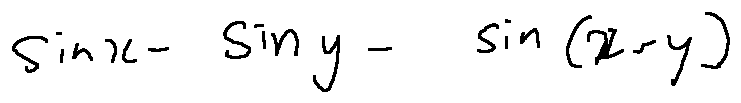
\sin x - \sin y - \sin ( x - y )